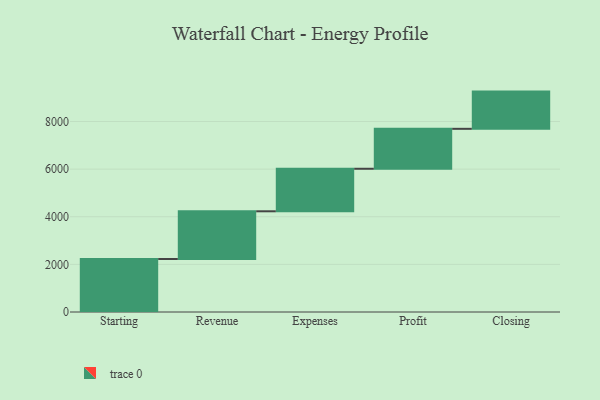
{"axis": {"x": "Step", "y": "Value"}, "legend": [""], "data": [{"x": "Starting", "y": 2226.0, "type": ""}, {"x": "Revenue", "y": 2003.0, "type": ""}, {"x": "Expenses", "y": 1786.0, "type": ""}, {"x": "Profit", "y": 1677.0, "type": ""}, {"x": "Closing", "y": 1563.0, "type": ""}]}